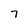
Character: 7